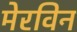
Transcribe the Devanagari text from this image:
मेरविन